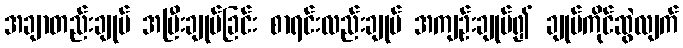
အချာတည်းချုပ် အပြီးချုပ်ခြင်း စာရင်းလည်းချုပ် အကျဉ်းချုပ်၍ ချုပ်ကိုင်ဆွဲလျက်